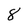
Character: 8